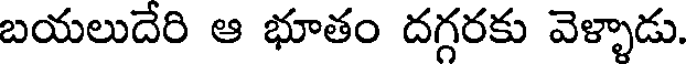
బయలుదేరి ఆ భూతం దగ్గరకు వెళ్ళాడు.